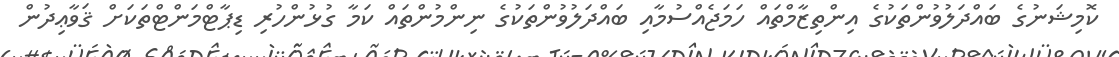
ކޮމިޝަނުގެ ބައްދަލުވުންތަކުގެ އިންތިޒާމްތައް ހަމަޖެއްސުމާއި ބައްދަލުވުންތަކުގެ ނިންމުންތައް ކަމާ ގުޅުންހުރި ޑިޕާޓްމަންޓްތަކަށް ޤަވާޢިދުން